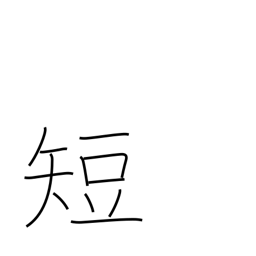
Meaning: defect